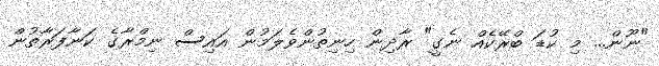
"ނޫން... މި ކުޑަ ބްރޭކެއް ނެގީ" ރާދިން ހިނިތުންވެލަމުން އައިސް ނިމްރާގެ ކަނާފަރާތުން